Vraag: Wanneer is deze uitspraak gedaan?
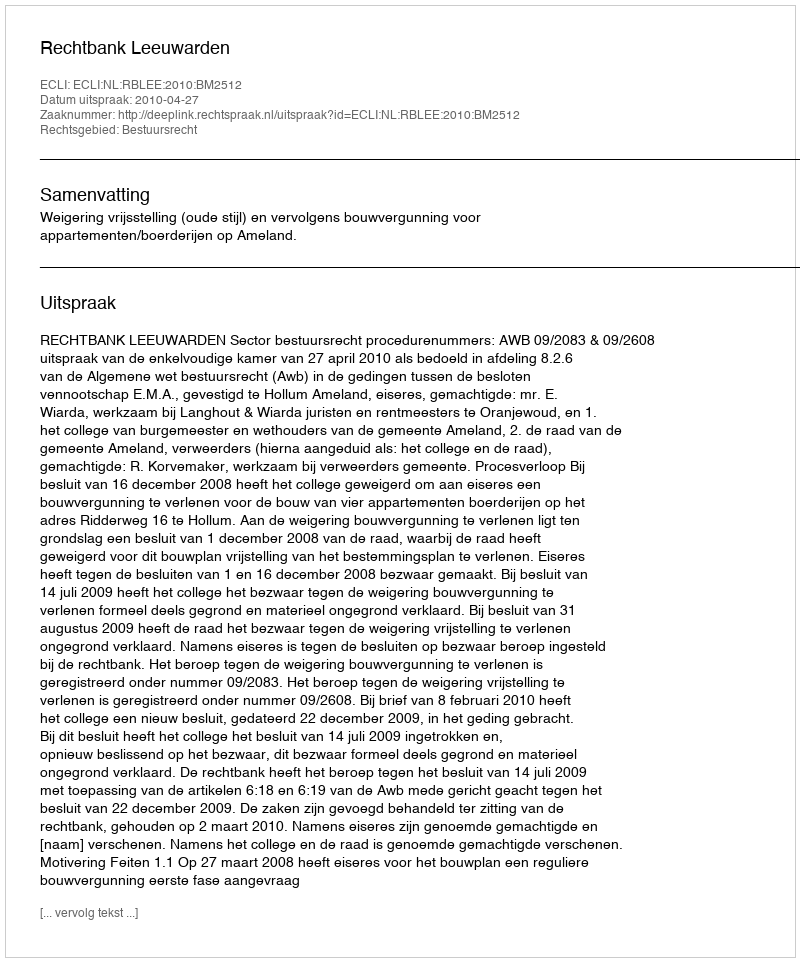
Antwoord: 2010-04-27